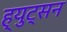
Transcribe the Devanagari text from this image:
ह्युट्सन